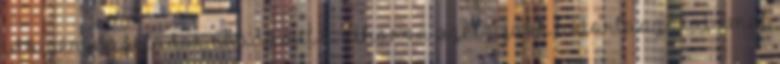
időigényes feladat, ráadásul a viharos szél újabb hótorlaszokat emel